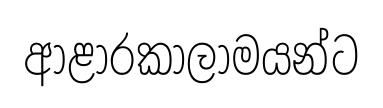
ආළාරකාලාමයන්ට